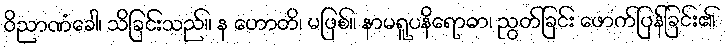
ဝိညာဏံခေါ၊ သိခြင်းသည်။ န ဟောတိ၊ မဖြစ်။ နာမရူပနိရောဓာ၊ ညွတ်ခြင်း ဖောက်ပြန်ခြင်း၏